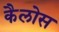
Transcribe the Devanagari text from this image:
कैलोस